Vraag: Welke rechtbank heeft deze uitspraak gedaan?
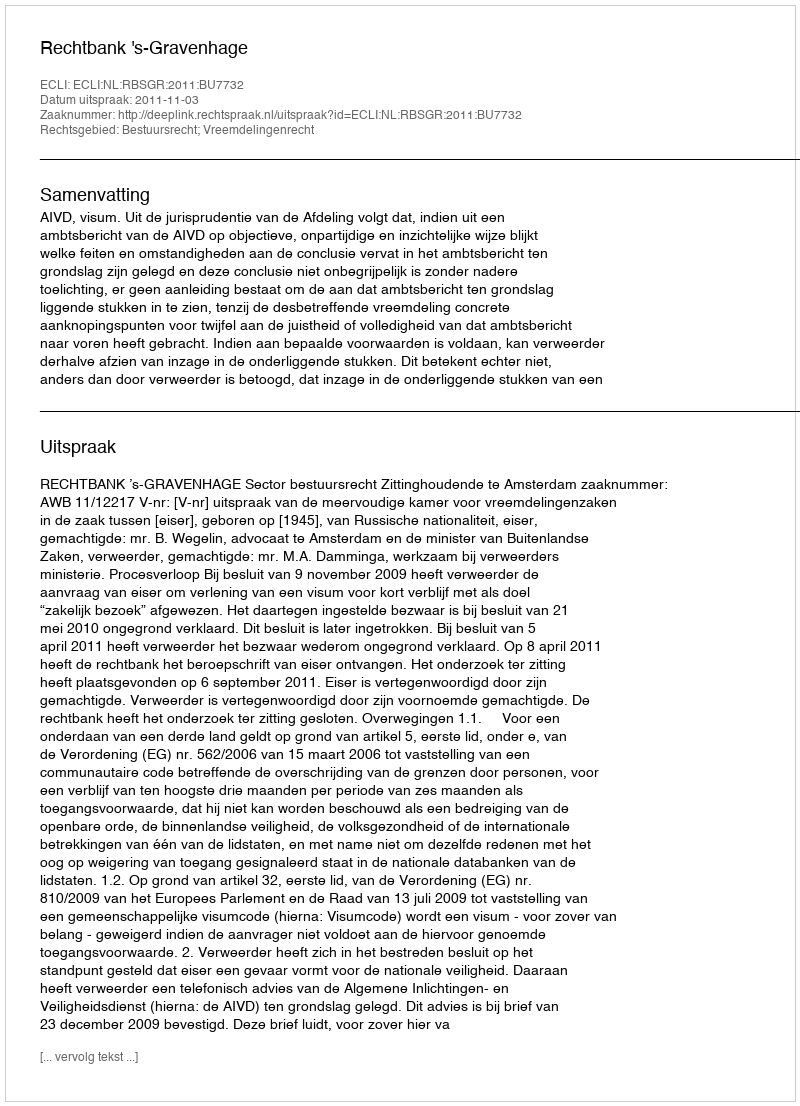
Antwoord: Rechtbank 's-Gravenhage